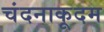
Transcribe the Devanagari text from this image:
चंदनाकूदम